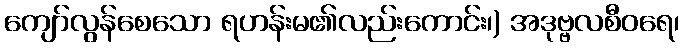
ကျော်လွန်စေသော ရဟန်းမ၏လည်းကောင်း၊) အဒုဗ္ဗလစီဝရေ၊